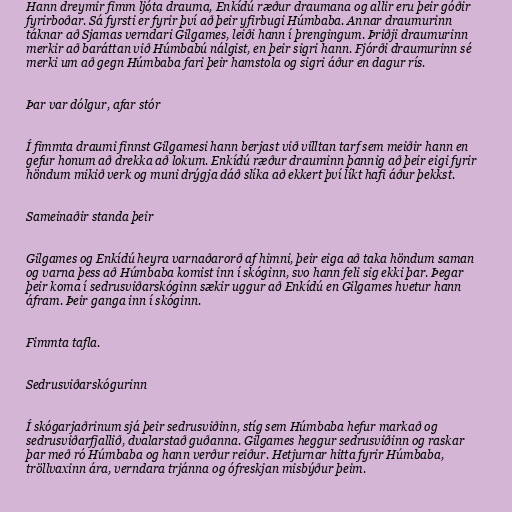
Hann dreymir fimm ljóta drauma, Enkídú ræður draumana og allir eru þeir góðir
fyrirboðar. Sá fyrsti er fyrir því að þeir yfirbugi Húmbaba. Annar draumurinn
táknar að Sjamas verndari Gilgames, leiði hann í þrengingum. Þriðji draumurinn
merkir að baráttan við Húmbabú nálgist, en þeir sigri hann. Fjórði draumurinn sé
merki um að gegn Húmbaba fari þeir hamstola og sigri áður en dagur rís.

Þar var dólgur, afar stór

Í fimmta draumi finnst Gilgamesi hann berjast við villtan tarf sem meiðir hann en
gefur honum að drekka að lokum. Enkídú ræður drauminn þannig að þeir eigi fyrir
höndum mikið verk og muni drýgja dáð slíka að ekkert því líkt hafi áður þekkst.

Sameinaðir standa þeir

Gilgames og Enkídú heyra varnaðarorð af himni, þeir eiga að taka höndum saman
og varna þess að Húmbaba komist inn í skóginn, svo hann feli sig ekki þar. Þegar
þeir koma í sedrusviðarskóginn sækir uggur að Enkídú en Gilgames hvetur hann
áfram. Þeir ganga inn í skóginn.

Fimmta tafla.

Sedrusviðarskógurinn

Í skógarjaðrinum sjá þeir sedrusviðinn, stíg sem Húmbaba hefur markað og
sedrusviðarfjallið, dvalarstað guðanna. Gilgames heggur sedrusviðinn og raskar
þar með ró Húmbaba og hann verður reiður. Hetjurnar hitta fyrir Húmbaba,
tröllvaxinn ára, verndara trjánna og ófreskjan misbýður þeim.